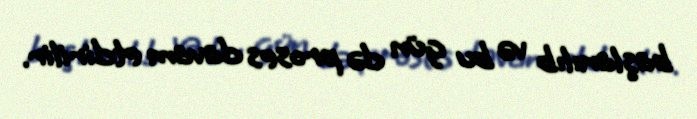
başlanılıb və bu gün də proses davam etdirilir.